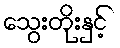
သွေးတိုးနှင့်